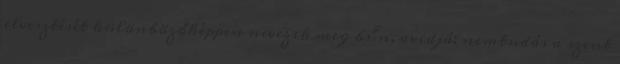
elvesztését különbözőképpen nevezik meg bűn, avidjá: nemtudás a szent